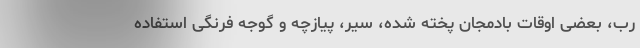
رب، بعضی اوقات بادمجان پخته شده، سیر، پیازچه و گوجه فرنگی استفاده